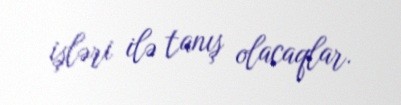
işləri ilə tanış olacaqlar.